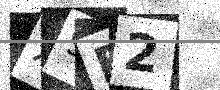
Text: X9E2